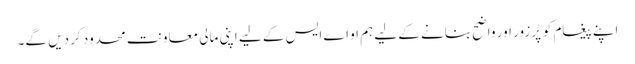
اپنے پیغام کو پُرزور اور واضح بنانے کے لیے ہم او اے ایس کے لیے اپنی مالی معاونت محدود کر دیں گے۔